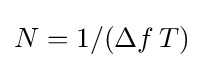
N=1/(\Delta f\,T)